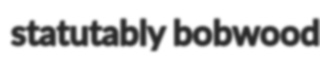
statutably bobwood